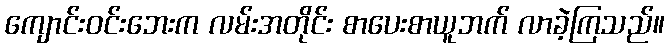
ကျောင်းဝင်းဘေးက လမ်းအတိုင်း စာပေးစာယူဘက် လာခဲ့ကြသည်။